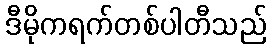
ဒီမိုကရက်တစ်ပါတီသည်